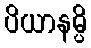
ပိယာနမ္ပိ